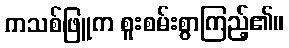
ကသစ်ဖြူက စူးစမ်းစွာကြည့်၏။